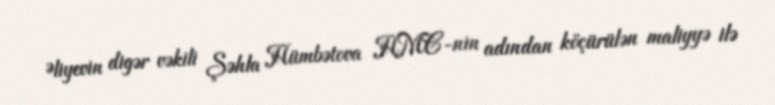
Əliyevin digər vəkili Şəhla Hümbətova HMC-nin adından köçürülən maliyyə ilə